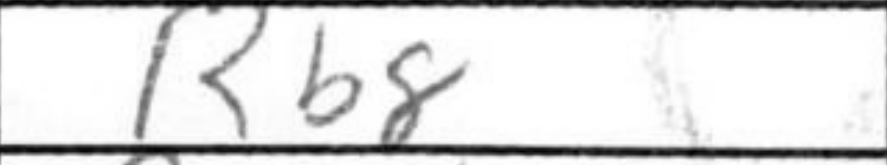
Transcription: Rb8